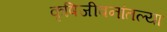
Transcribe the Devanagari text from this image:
कृषिजीवनांतल्या